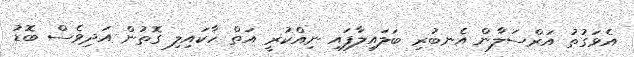
އެވަގުތު އަރްސަލާން އެނބުރި ބަލައިލާފައި ނިއްކުރީ އަތް ހާކައިލި ގޮތުން އަދިވެސް ބޮޑު